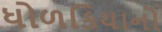
ધોળકિયાનો